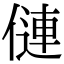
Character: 僆